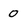
Character: 0